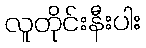
လူတိုင်းနီးပါး